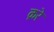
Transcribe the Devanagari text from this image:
क्ररे